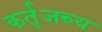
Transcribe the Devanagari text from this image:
कर्तृजन्र्य